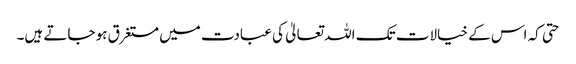
حتی کہ اس کے خیالات تک اللہ تعالیٰ کی عبادت میں مستغرق ہو جاتے ہیں۔